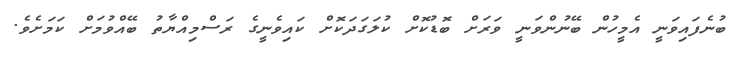
ބުނެފައިވަނީ އެމީހުން ބޭނުންވަނީ ވަރަށް ބޮޑުކޮށް ކުލަގަދަކޮށް ކައިވެނީގެ ރަސްމިއްޔާތު ބޭއްވުމަށް ކަމަށެވެ.